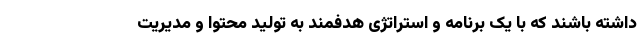
داشته باشند که با یک برنامه و استراتژی هدفمند به تولید محتوا و مدیریت